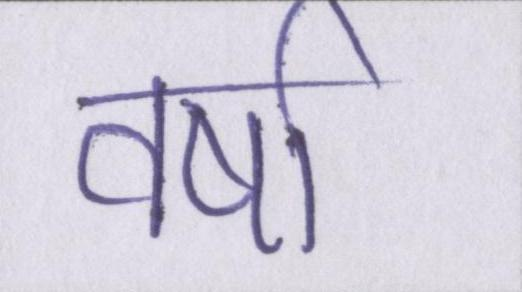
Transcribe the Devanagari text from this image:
वर्षा